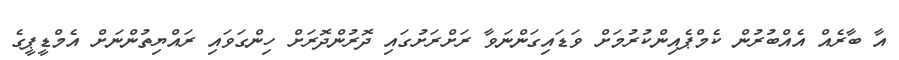
އާ ބާރެއް އެއްބުރުން ކެމްޕެއިންކުރުމަށް ވަޑައިގަންނަވާ ރަށްރަށުގައި ދޮރުންދޮރަށް ހިންގަވައި ރައްޔިތުންނަށް އެމްޑީޕީގެ